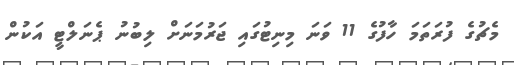
މެޗުގެ ފުރަތަމަ ހާފުގެ 11 ވަނަ މިނިޓުގައި ޖަރުމަނަށް ލިބުނު ޕެނަލްޓީ އަކުން